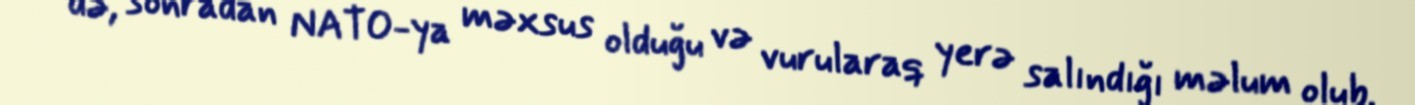
də, sonradan NATO-ya məxsus olduğu və vurularaq yerə salındığı məlum olub.